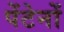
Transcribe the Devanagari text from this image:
पेंटेनों